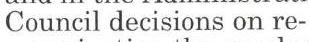
Council decisions on re-